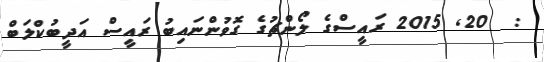
:  20